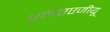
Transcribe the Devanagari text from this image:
एलएएजीयू